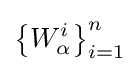
\left\{{W_{\alpha }^{i}}\right\}_{i=1}^{n}